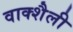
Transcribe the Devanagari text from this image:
वाक्शैली